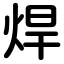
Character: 焊